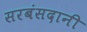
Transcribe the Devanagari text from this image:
सरबंसदानी